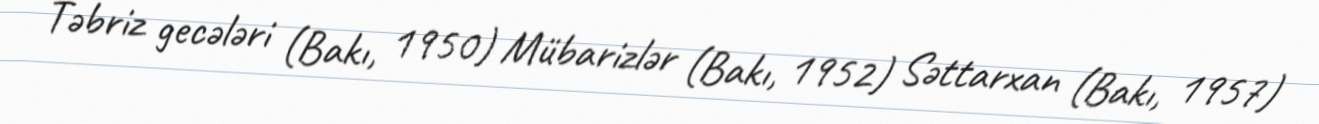
Təbriz gecələri (Bakı, 1950) Mübarizlər (Bakı, 1952) Səttarxan (Bakı, 1957)